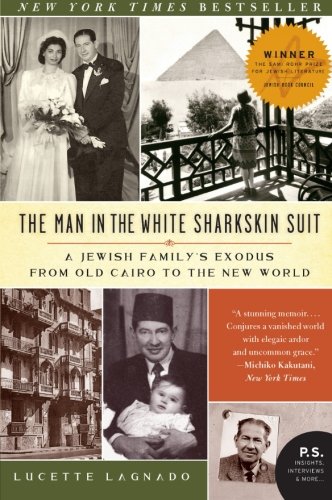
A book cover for The Man in the White Sharkskin Suit: A Jewish Family's Exodus from Old Cairo to the New World (P.S.); Lucette Lagnado; Biographies & Memoirs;